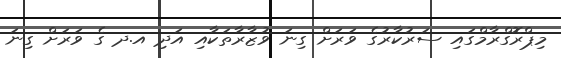
މިޕްރޮގްރާމްގައި ސަރުކާރުގެ ވަރަށް ގިނަ ވުޒާރާތަކާއި އަދި އ.ދ ގެ ވަރަށް ގިނަ